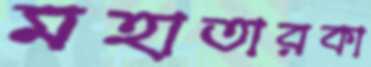
মহাতারকা